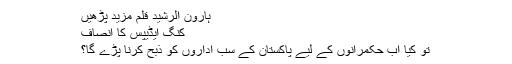
ہارون الرشید قلم مزید پڑھیں
کنگ ایڈیپس کا انصاف
تو کیا اب حکمرانوں کے لیے پاکستان کے سب اداروں کو ذبح کرنا پڑے گا؟